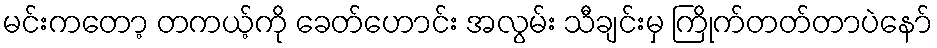
မင်းကတော့ တကယ့်ကို ခေတ်ဟောင်း အလွမ်း သီချင်းမှ ကြိုက်တတ်တာပဲနော်